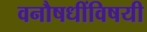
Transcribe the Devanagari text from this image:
वनौषधींविषयी